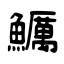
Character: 鱱